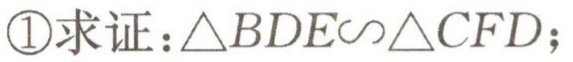
\textcircled{1}求证：\(\triangle BDE\sim\triangle CFD\)；